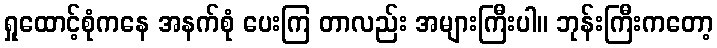
ရှုထောင့်စုံကနေ အနက်စုံ ပေးကြ တာလည်း အများကြီးပါ။ ဘုန်းကြီးကတော့